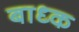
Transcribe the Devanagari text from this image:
बाध्‍क